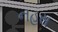
નહસ